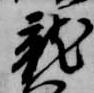
龍